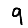
Digit: 9